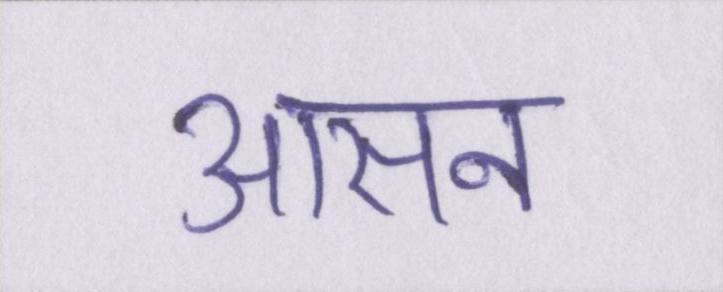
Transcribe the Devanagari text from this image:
आसन